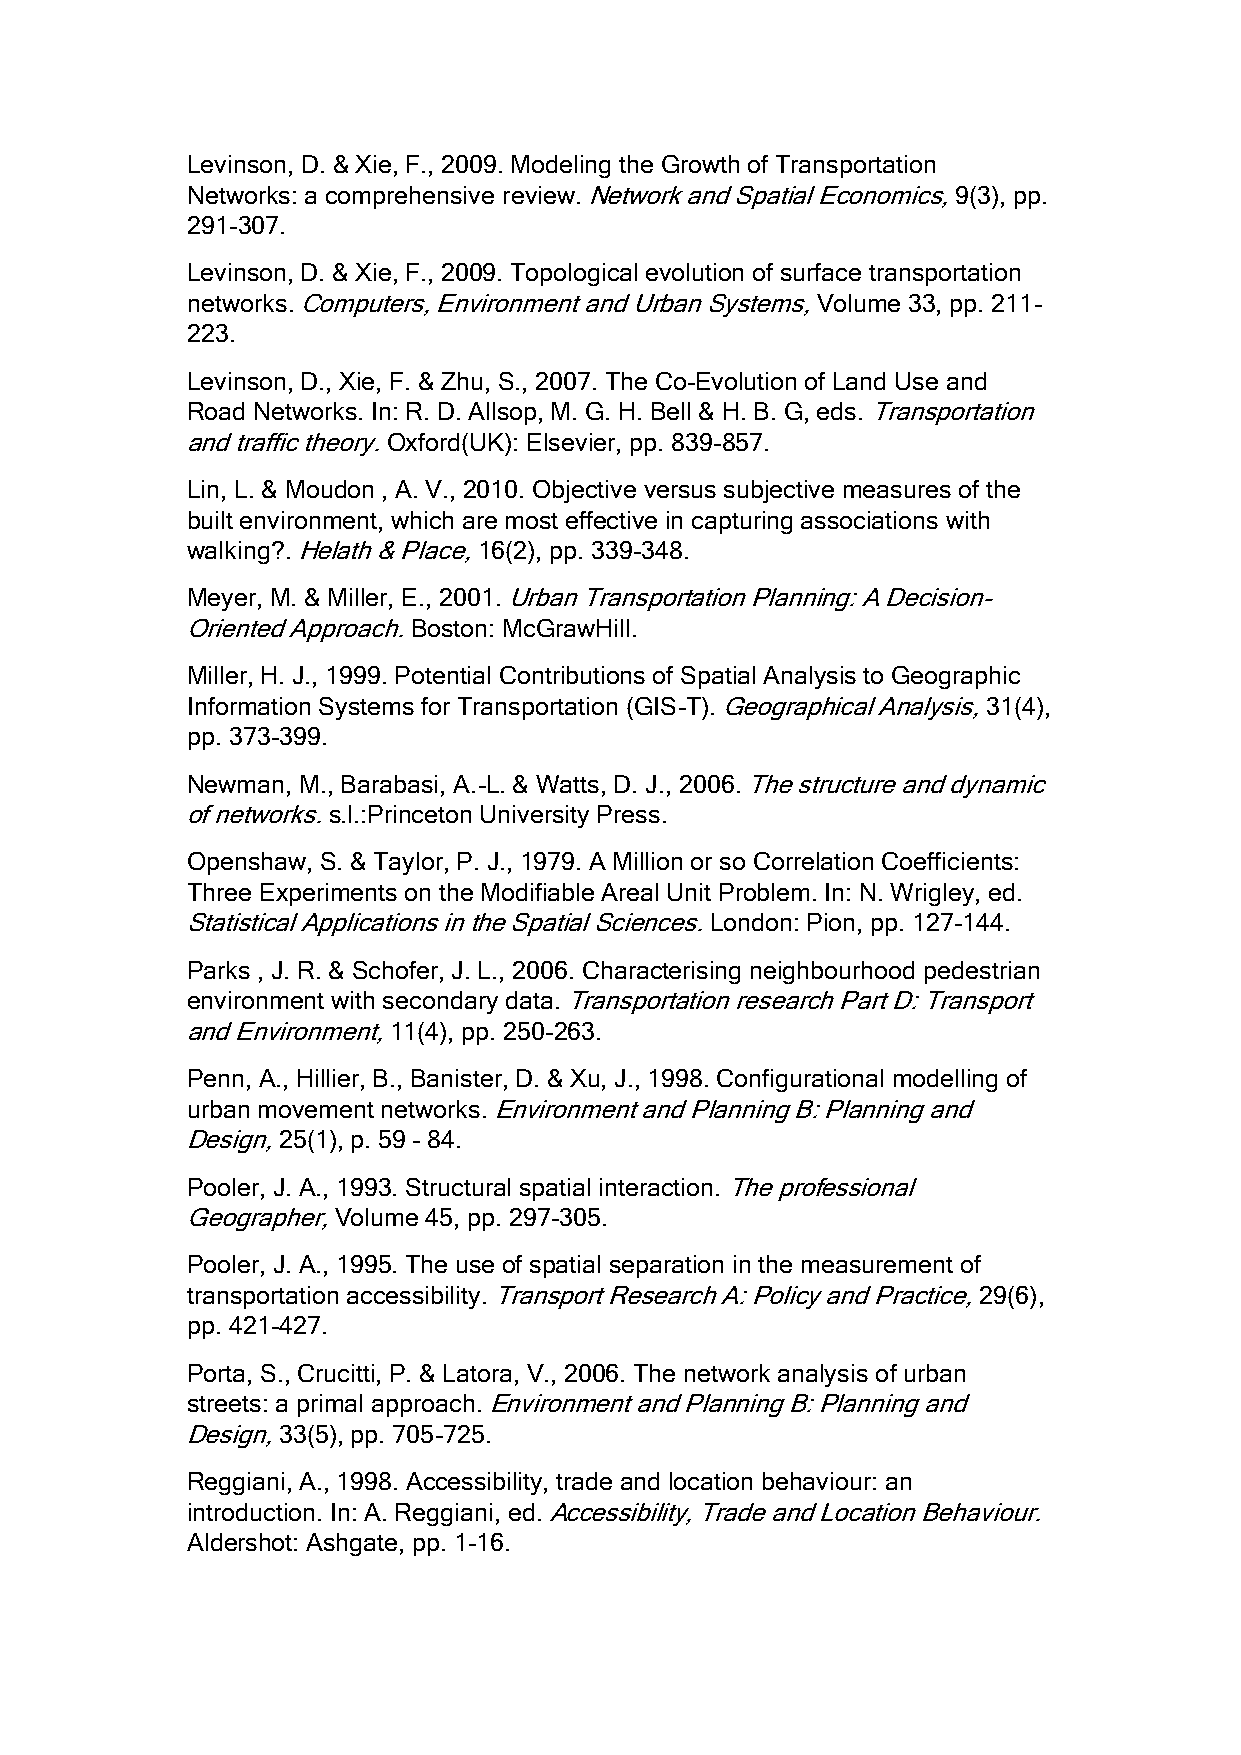
Levinson, D. & Xie, F., 2009. Modeling the Growth of Transportation
 Networks: a comprehensive review. Network and Spatial Economics, 9(3), pp.
 291-307.
 Levinson, D. & Xie, F., 2009. Topological evolution of surface transportation
 networks. Computers, Environment and Urban Systems, Volume 33, pp. 211-
 223.
 Levinson, D., Xie, F. & Zhu, S., 2007. The Co-Evolution of Land Use and
 Road Networks. In: R. D. Allsop, M. G. H. Bell & H. B. G, eds. Transportation
 and traffic theory. Oxford(UK): Elsevier, pp. 839-857.
 Lin, L. & Moudon , A. V., 2010. Objective versus subjective measures of the
 built environment, which are most effective in capturing associations with
 walking?. Helath & Place, 16(2), pp. 339-348.
 Meyer, M. & Miller, E., 2001. Urban Transportation Planning: A Decision-
 Oriented Approach. Boston: McGrawHill.
 Miller, H. J., 1999. Potential Contributions of Spatial Analysis to Geographic
 Information Systems for Transportation (GIS-T). Geographical Analysis, 31(4),
 pp. 373-399.
 Newman, M., Barabasi, A.-L. & Watts, D. J., 2006. The structure and dynamic
 of networks. s.l.:Princeton University Press.
 Openshaw, S. & Taylor, P. J., 1979. A Million or so Correlation Coefficients:
 Three Experiments on the Modifiable Areal Unit Problem. In: N. Wrigley, ed.
 Statistical Applications in the Spatial Sciences. London: Pion, pp. 127-144.
 Parks , J. R. & Schofer, J. L., 2006. Characterising neighbourhood pedestrian
 environment with secondary data. Transportation research Part D: Transport
 and Environment, 11(4), pp. 250-263.
 Penn, A., Hillier, B., Banister, D. & Xu, J., 1998. Configurational modelling of
 urban movement networks. Environment and Planning B: Planning and
 Design, 25(1), p. 59 – 84.
 Pooler, J. A., 1993. Structural spatial interaction. The professional
 Geographer, Volume 45, pp. 297-305.
 Pooler, J. A., 1995. The use of spatial separation in the measurement of
 transportation accessibility. Transport Research A: Policy and Practice, 29(6),
 pp. 421-427.
 Porta, S., Crucitti, P. & Latora, V., 2006. The network analysis of urban
 streets: a primal approach. Environment and Planning B: Planning and
 Design, 33(5), pp. 705-725.
 Reggiani, A., 1998. Accessibility, trade and location behaviour: an
 introduction. In: A. Reggiani, ed. Accessibility, Trade and Location Behaviour.
 Aldershot: Ashgate, pp. 1-16.